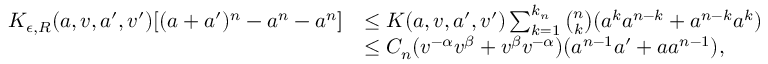
\begin{array} { r l } { K _ { \epsilon , R } ( a , v , a ^ { \prime } , v ^ { \prime } ) [ ( a + a ^ { \prime } ) ^ { n } - a ^ { n } - a ^ { n } ] } & { \leq K ( a , v , a ^ { \prime } , v ^ { \prime } ) \sum _ { k = 1 } ^ { k _ { n } } \binom { n } { k } ( a ^ { k } a ^ { n - k } + a ^ { n - k } a ^ { k } ) } \\ & { \leq C _ { n } ( v ^ { - \alpha } v ^ { \beta } + v ^ { \beta } v ^ { - \alpha } ) ( a ^ { n - 1 } a ^ { \prime } + a a ^ { n - 1 } ) , } \end{array}